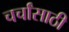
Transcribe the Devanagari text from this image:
चर्चांसाठी